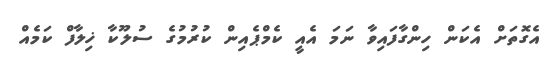
އެގޮތަށް އެކަން ހިންގާފައިވާ ނަމަ އެއީ ކެމްޕެއިން ކުރުމުގެ ސުލޫކާ ޚިލާފް ކަމެއް